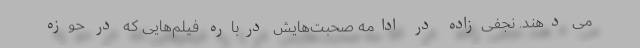
می دهند. نجفی‌زاده در ادامه صحبت‌هایش درباره فیلم‌هایی که در حوزه